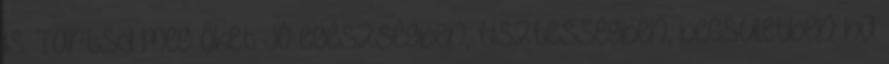
is. Tartsd meg őket jó egészségben, tisztességben, becsületben ha